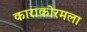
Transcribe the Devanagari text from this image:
काराकोरमला